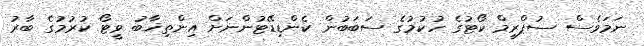
ނަމަވެސް ސުޕްރީމް ކޯޓުގެ ހުކުމުގެ ސަބަބުން ކެންޑިޑޭޓުންނަށް އިންތިޚާބު ވީޓޯ ކުރުމުގެ ބާރު